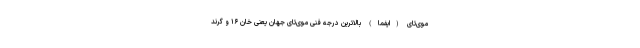
موی‌تای (ایفما) بالاترین درجه فنی موی‌تای جهان یعنی خان ۱۶ و گرند